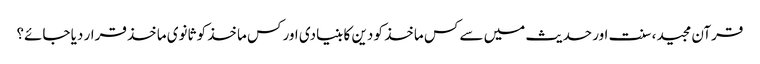
قرآن مجید، سنت اور حدیث میں سے کس ماخذ کو دین کا بنیادی اور کس ماخذ کو ثانوی ماخذ قرار دیا جائے؟